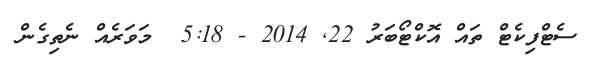
ސެޓްފިކެޓް ތައް އޮކްޓޯބަރު 22